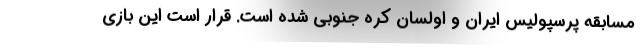
مسابقه پرسپولیس ایران و اولسان کره جنوبی شده است. قرار است این بازی